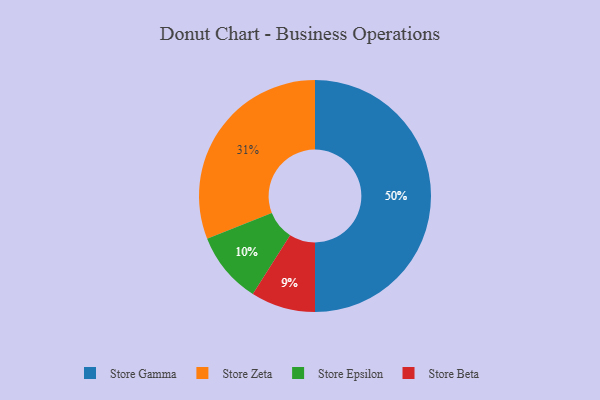
{"axis": {"x": "Category", "y": "Percentage"}, "legend": ["Store Beta", "Store Epsilon", "Store Gamma", "Store Zeta"], "data": [{"x": "Store Zeta", "y": 31, "type": "Store Zeta"}, {"x": "Store Beta", "y": 9, "type": "Store Beta"}, {"x": "Store Epsilon", "y": 10, "type": "Store Epsilon"}, {"x": "Store Gamma", "y": 50, "type": "Store Gamma"}]}